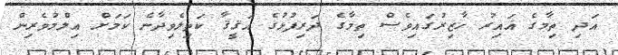
އަދި ތިމާގެ ޣައިރު ހާޒިރުގައިވެސް ތިމާގެ ދަރިފުޅުގެ އަޤީޤާ ކަތިލެވިދާނެ ކަމަށް ޢިލްމުވެރިން